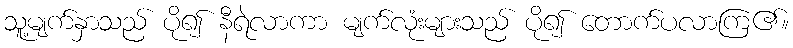
သူ့မျက်နှာသည် ပို၍ နီရဲလာကာ မျက်လုံးများသည် ပို၍ တောက်ပလာကြ၏။